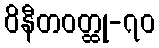
ဝိနီတဝတ္ထု-၇၀